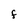
Character: f